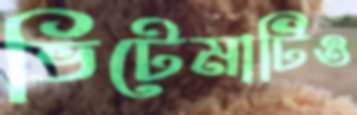
ভিটেমাটিও